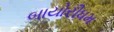
બાયોરીધમ